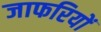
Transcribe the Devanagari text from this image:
जाफरियों